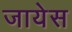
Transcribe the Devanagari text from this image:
जायेस